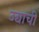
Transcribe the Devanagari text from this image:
उद्याची